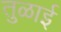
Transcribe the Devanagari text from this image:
तुळाई